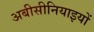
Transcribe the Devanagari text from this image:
अबीसीनियाइयों